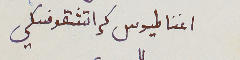
اغناطيوس كراتشقوفسكي